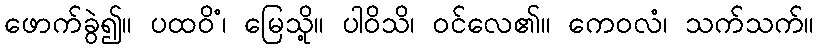
ဖောက်ခွဲ၍။ ပထဝိံ၊ မြေသို့။ ပါဝိသိ၊ ဝင်လေ၏။ ကေဝလံ၊ သက်သက်။